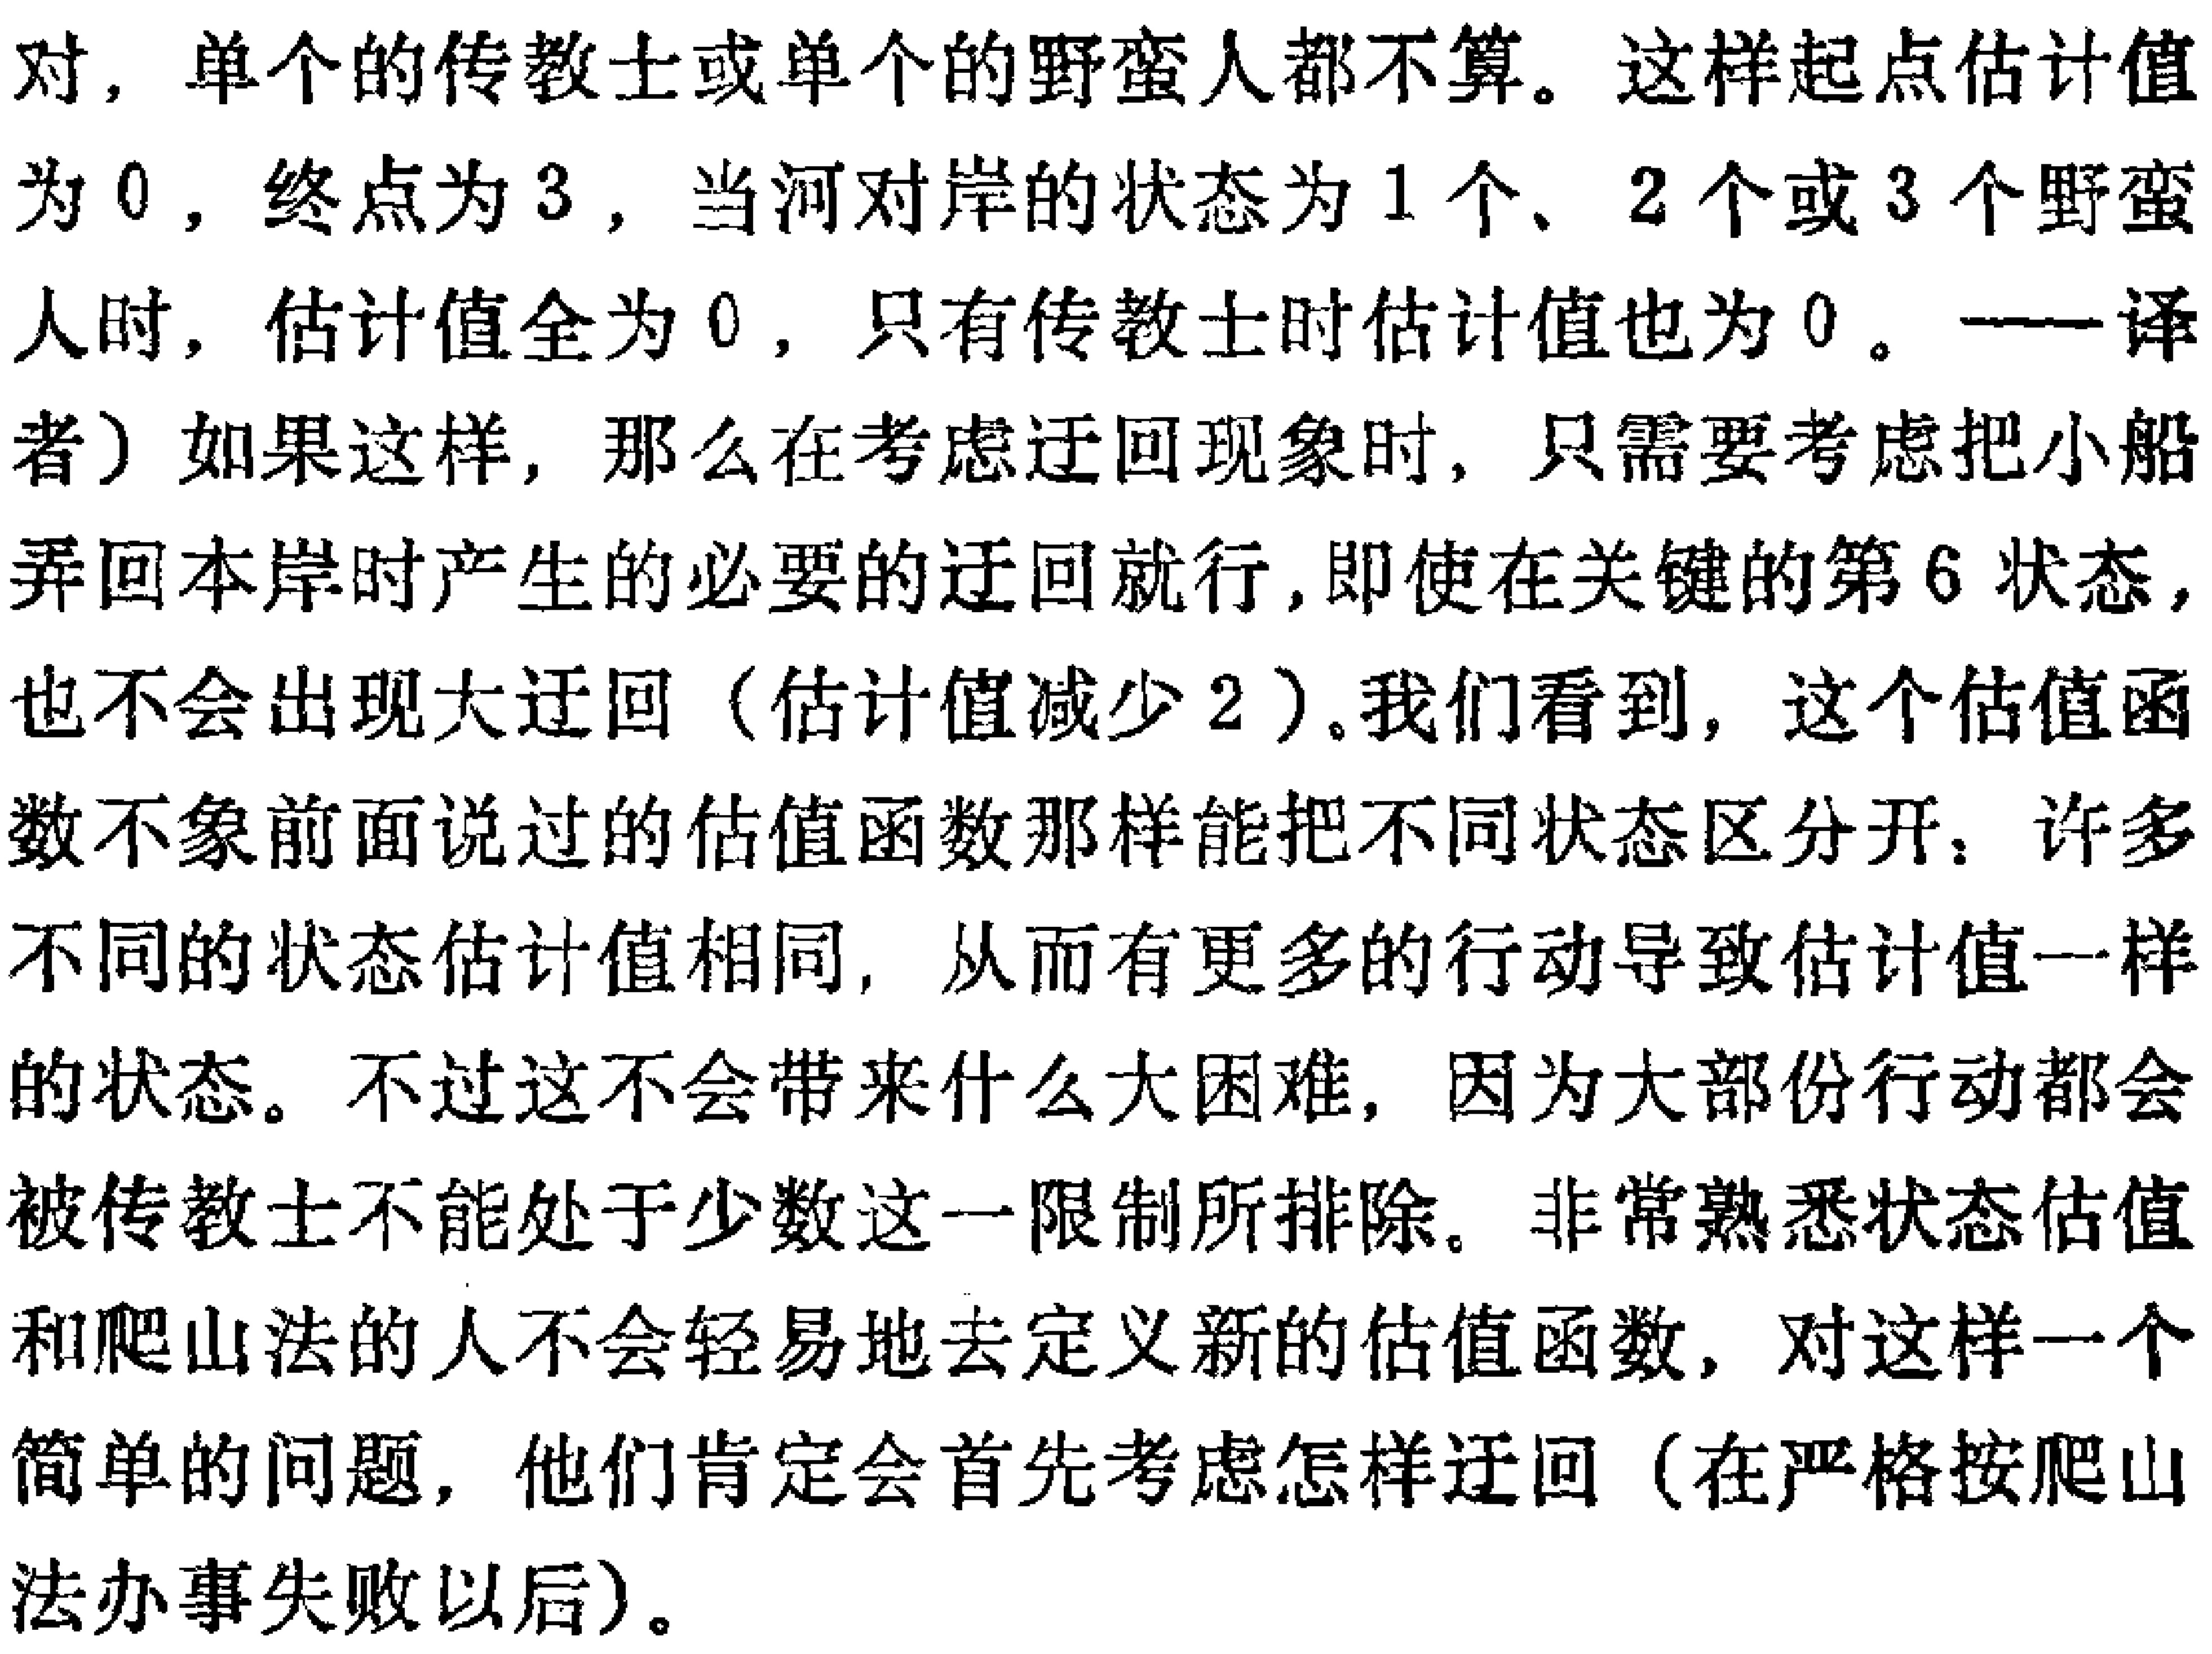
对，单个的传教士或单个的野蛮人都不算。这样起点估计值为 \(0\)，终点为 \(3\)，当河对岸的状态为 \(1\) 个、\(2\) 个或 \(3\) 个野蛮人时，估计值全为 \(0\)，只有传教士时估计值也为 \(0\)。——译者）如果这样，那么在考虑迂回现象时，只需要考虑把小船弄回本岸时产生的必要的迂回就行，即使在关键的第 \(6\) 状态，也不会出现大迂回（估计值减少 \(2\)）。我们看到，这个估值函数不象前面说过的估值函数那样能把不同状态区分开：许多不同的状态估计值相同，从而有更多的行动导致估计值一样的状态。不过这不会带来什么大困难，因为大部份行动都会被传教士不能处于少数这一限制所排除。非常熟悉状态估值和爬山法的人不会轻易地去定义新的估值函数，对这样一个简单的问题，他们肯定会首先考虑怎样迂回（在严格按爬山法办事失败以后）。